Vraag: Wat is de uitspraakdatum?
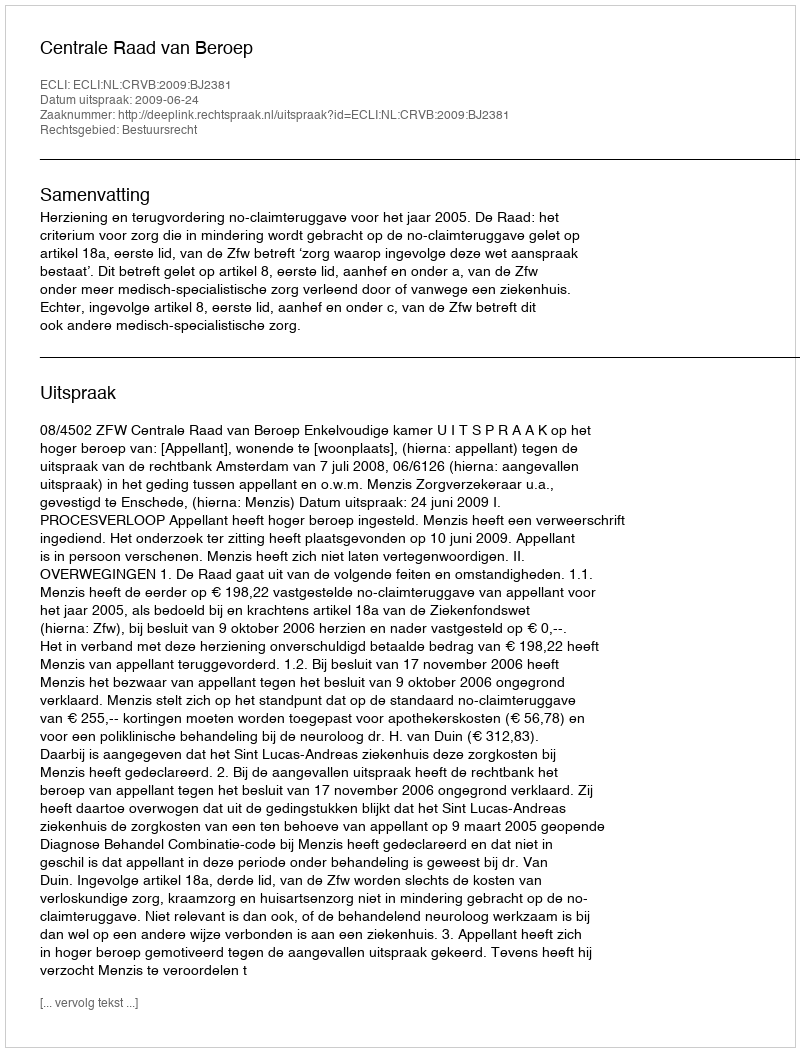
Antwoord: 2009-06-24